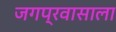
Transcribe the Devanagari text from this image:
जगप्रवासाला